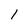
Character: 1